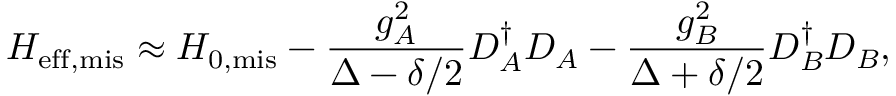
H _ { \mathrm { e f f , m i s } } \approx H _ { \mathrm { 0 , m i s } } - \frac { g _ { A } ^ { 2 } } { \Delta - \delta / 2 } D _ { A } ^ { \dagger } D _ { A } - \frac { g _ { B } ^ { 2 } } { \Delta + \delta / 2 } D _ { B } ^ { \dagger } D _ { B } ,